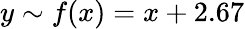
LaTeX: y\sim f(x)=x+2.67